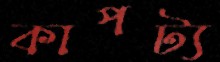
কাপট্য